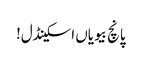
پانچ بیویاں اسکینڈل!